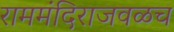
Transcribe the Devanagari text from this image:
राममंदिराजवळच